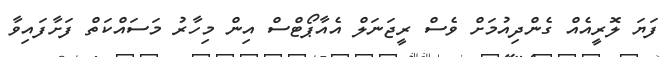
ފަޔަ ލޮރީއެއް ގެންދިއުމަށް ވެސް ރީޖަނަލް އެއާޕޯޓްސް އިން މިހާރު މަސައްކަތް ފަށާފައިވާ